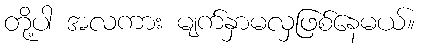
တို့ပါ အလကား မျက်နှာမလှဖြစ်နေမယ်။